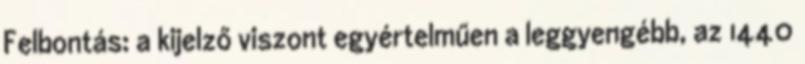
Felbontás: a kijelző viszont egyértelműen a leggyengébb, az 1440